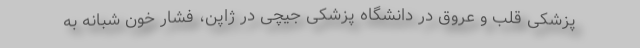
پزشکی قلب و عروق در دانشگاه پزشکی جیچی در ژاپن، فشار خون شبانه به